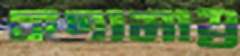
কণামাত্র